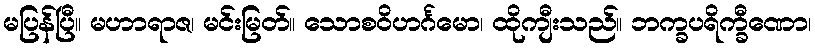
မပြန်ပြီ။ မဟာရာဇ၊ မင်းမြတ်။ သောစဝိဟင်္ဂမော၊ ထိုကျီးသည်။ ဘက္ခပရိက္ခီဏော၊